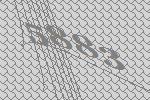
5883